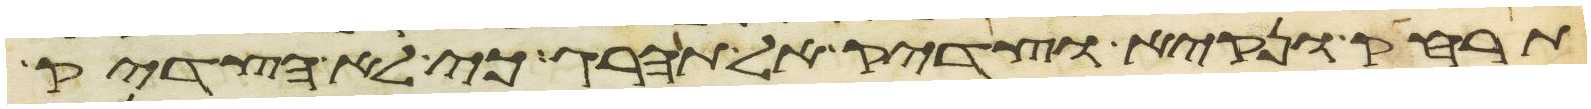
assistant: תרחק ונקיא וצדיק אל תהרג כי לא הצדיק